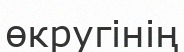
өкругінің